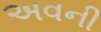
અવની